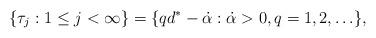
LaTeX: \begin{align*}\{\tau_j:1\le j<\infty\}=\{q d^* -\dot{\alpha}:\dot{\alpha }>0,q=1,2,\ldots\},\end{align*}